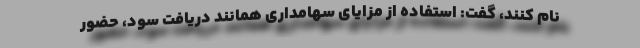
نام کنند، گفت: استفاده از مزایای سهامداری همانند دریافت سود، حضور